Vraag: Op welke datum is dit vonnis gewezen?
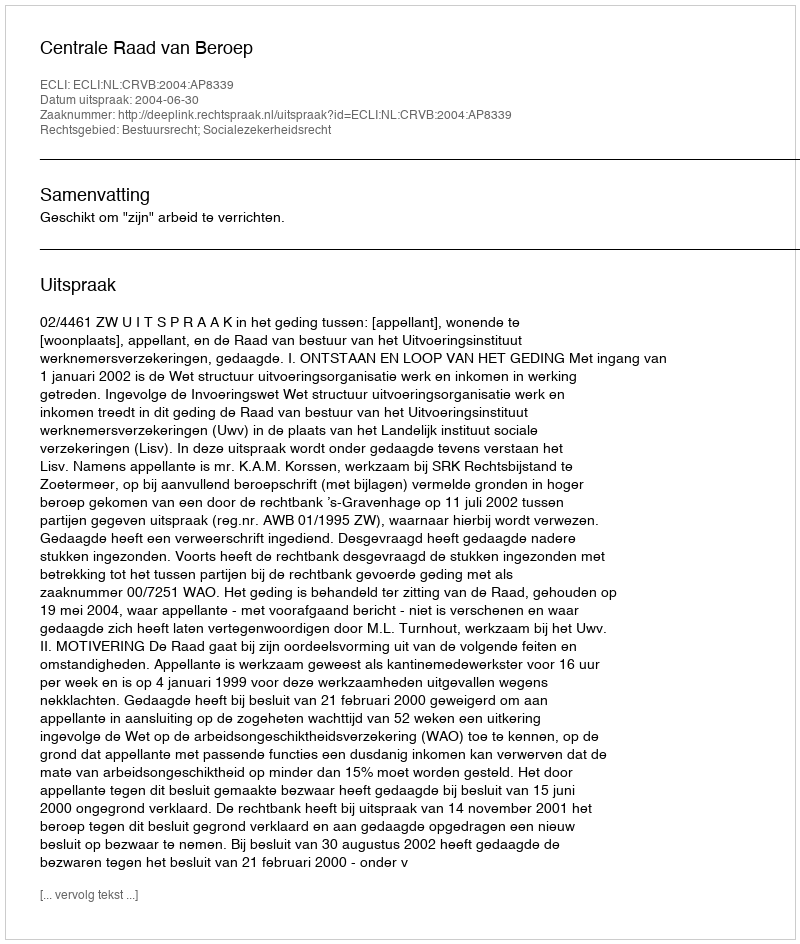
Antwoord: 2004-06-30